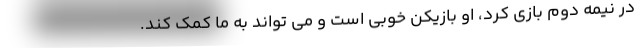
در نیمه دوم بازی کرد، او بازیکن خوبی است و می تواند به ما کمک کند.